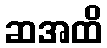
ဆအထိ